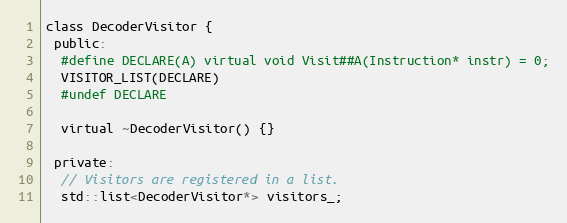
Language: C
class DecoderVisitor {
 public:
  #define DECLARE(A) virtual void Visit##A(Instruction* instr) = 0;
  VISITOR_LIST(DECLARE)
  #undef DECLARE

  virtual ~DecoderVisitor() {}

 private:
  // Visitors are registered in a list.
  std::list<DecoderVisitor*> visitors_;